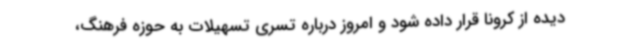
دیده از کرونا قرار داده شود و امروز درباره تسری تسهیلات به حوزه فرهنگ،